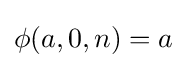
\phi (a,0,n)=a